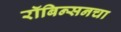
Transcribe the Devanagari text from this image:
रॉबिन्सनचा